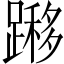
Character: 𨄼